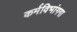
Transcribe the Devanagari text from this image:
कर्मविभांगगा